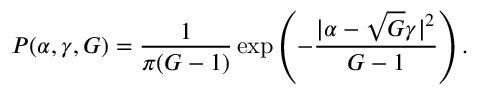
P ( \alpha , \gamma , G ) = \frac { 1 } { \pi ( G - 1 ) } \exp \left( - \frac { | \alpha - \sqrt { G } \gamma | ^ { 2 } } { G - 1 } \right) .